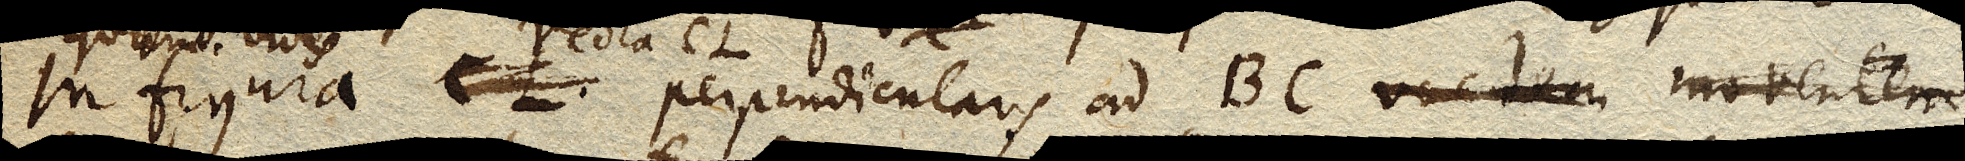
In figura CL perpendicularis ad BC vectem moventem